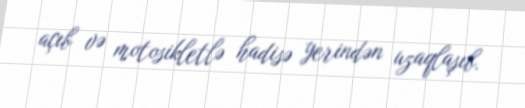
açıb və motosikletlə hadisə yerindən uzaqlaşıb.